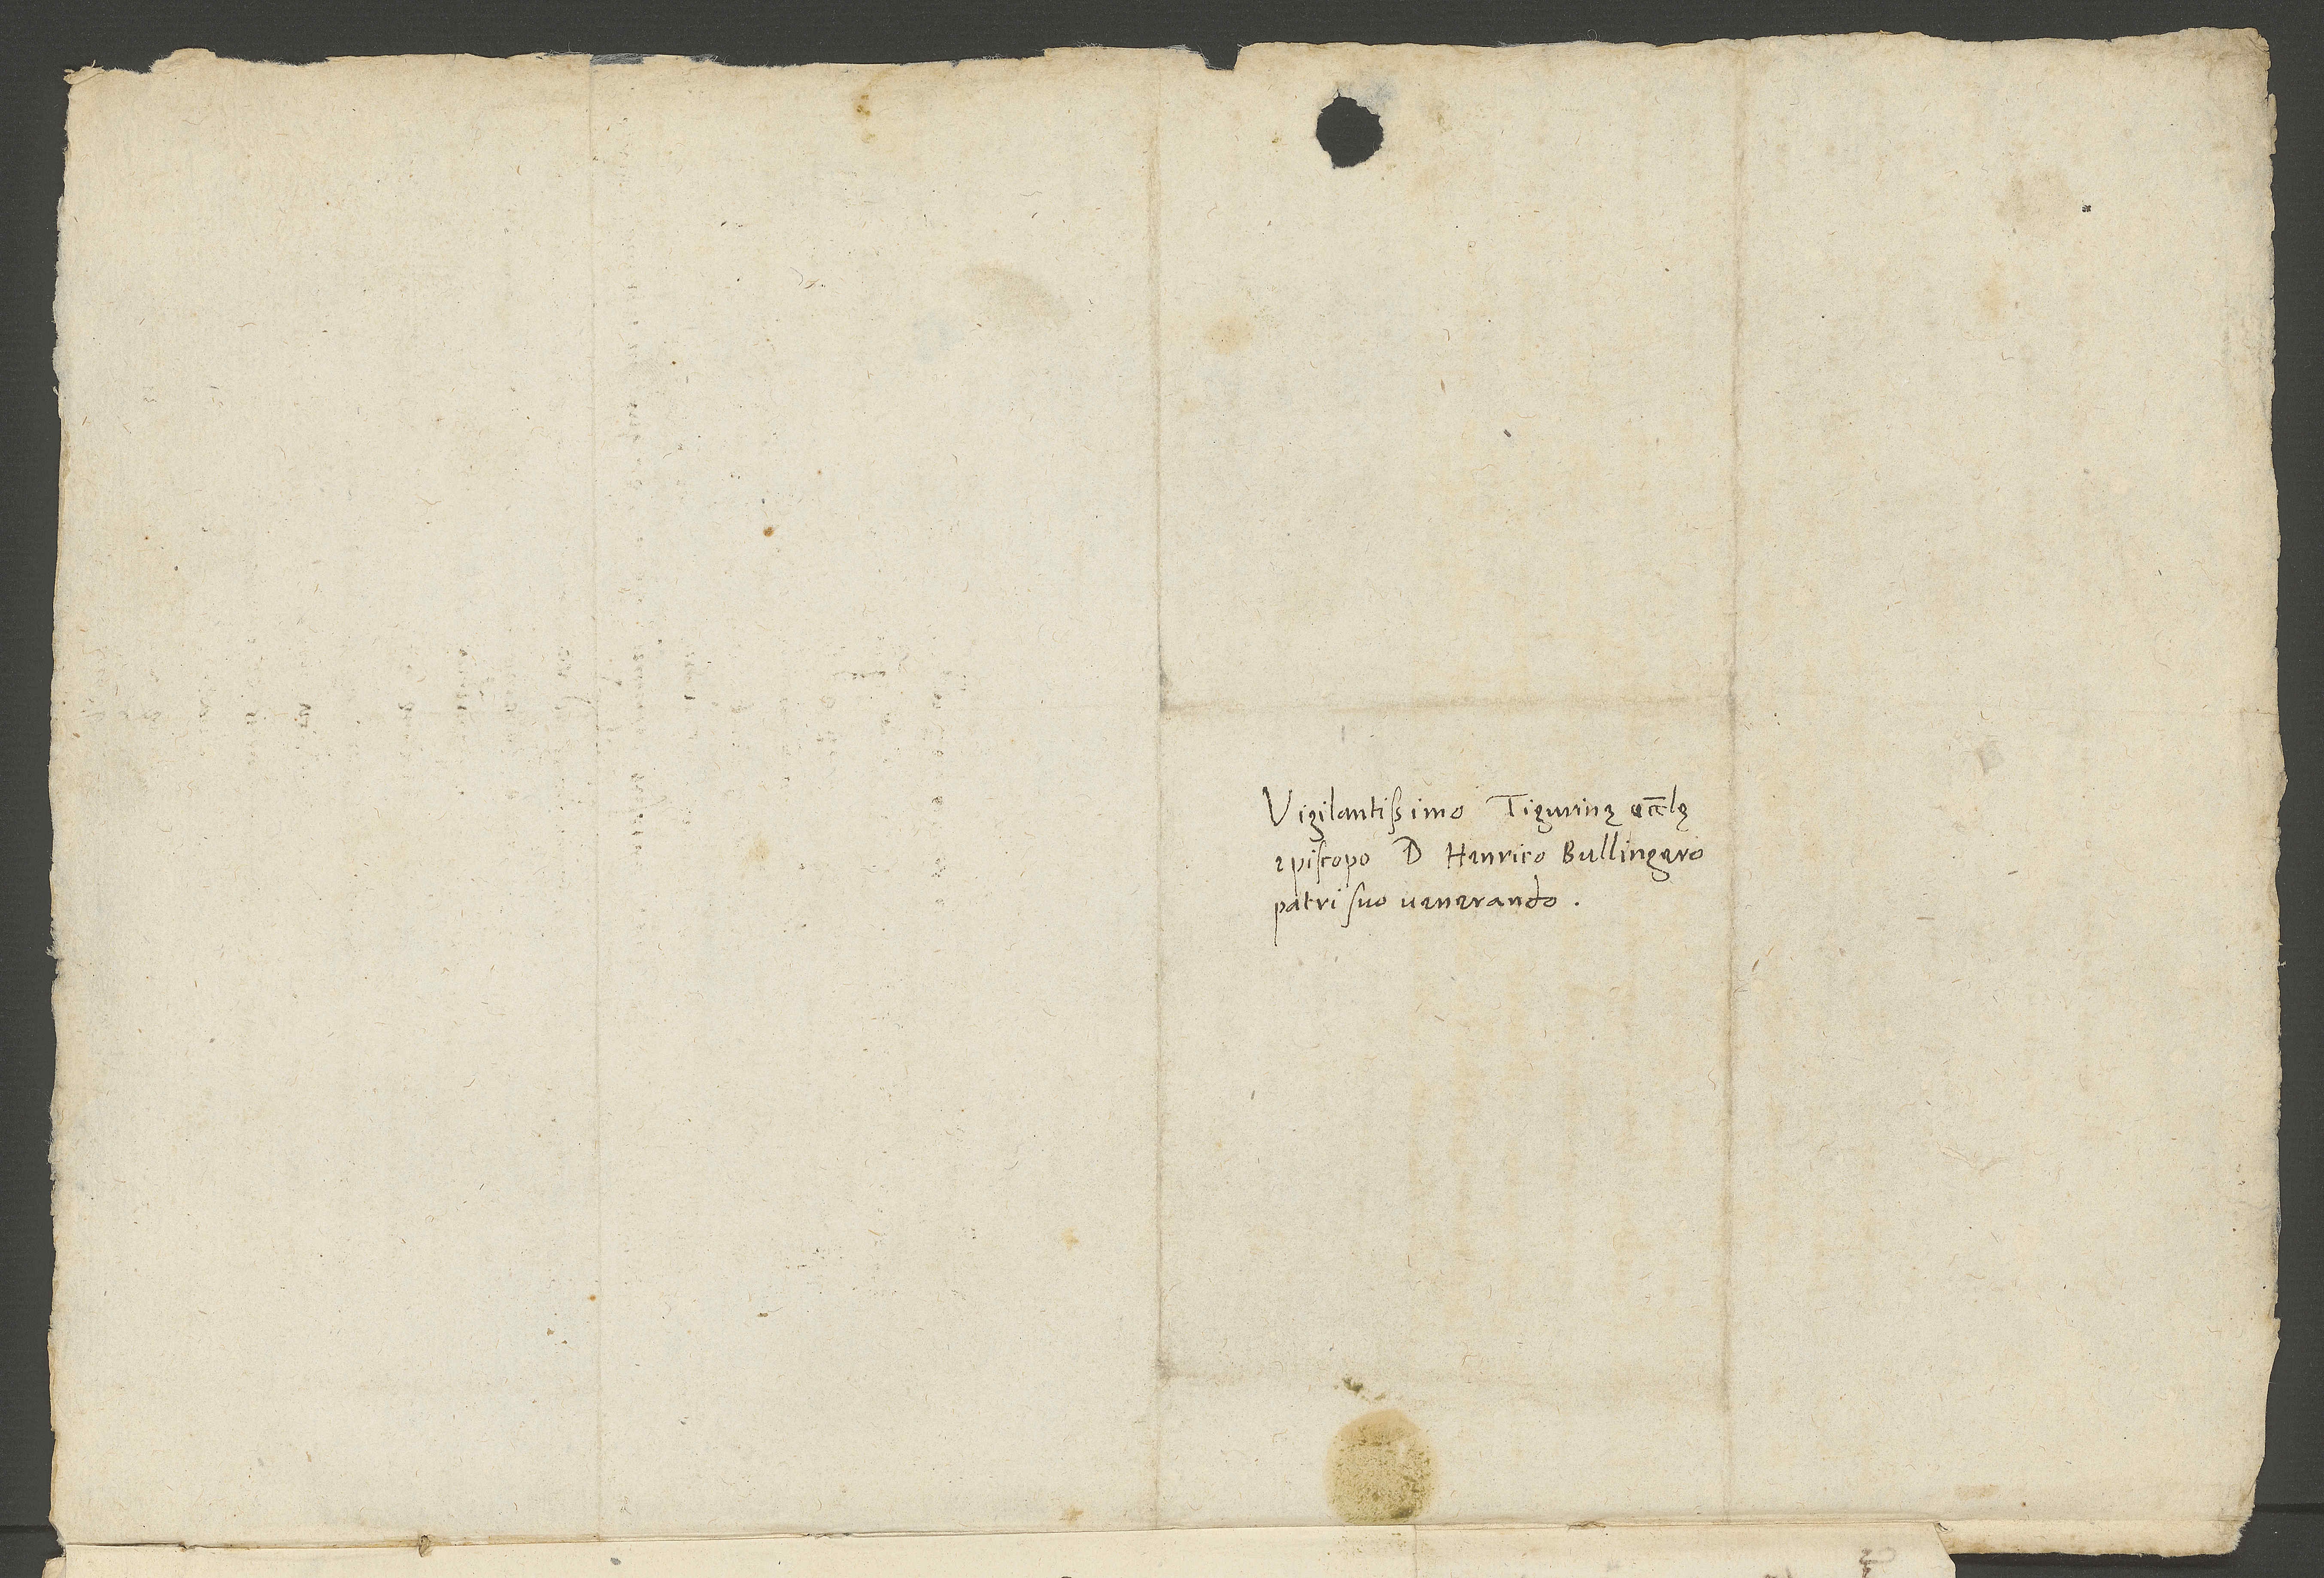
Vigilantissimo Tigurinę ecclesię
episcopo d. Henrico Bullingero,
patri suo venerando.